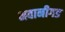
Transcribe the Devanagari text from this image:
भवानीगड